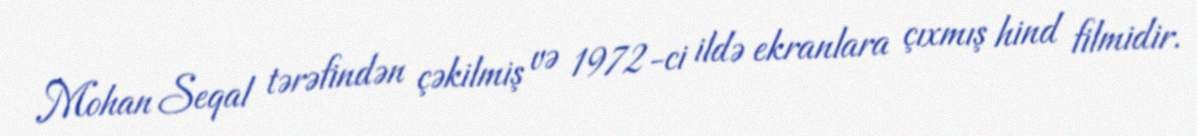
Mohan Seqal tərəfindən çəkilmiş və 1972-ci ildə ekranlara çıxmış hind filmidir.